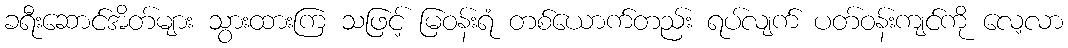
ခရီးဆောင်အိတ်များ သွားထားကြ သဖြင့် မြဝန်းရံ တစ်ယောက်တည်း ရပ်လျက် ပတ်ဝန်းကျင်ကို လေ့လာ